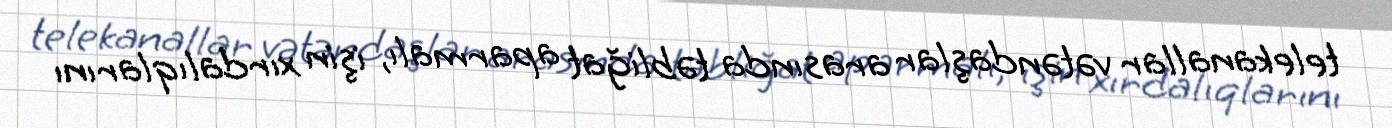
telekanallar vətəndaşlar arasında təbliğat aparmalı, işin xırdalıqlarını